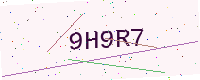
Text: 9H9R7